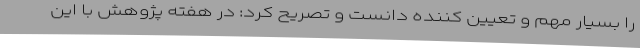
را بسیار مهم و تعیین کننده دانست و تصریح کرد: در هفته پژوهش با این